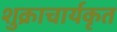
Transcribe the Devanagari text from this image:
शुक्राचार्यकृत